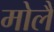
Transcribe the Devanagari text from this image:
मोलै